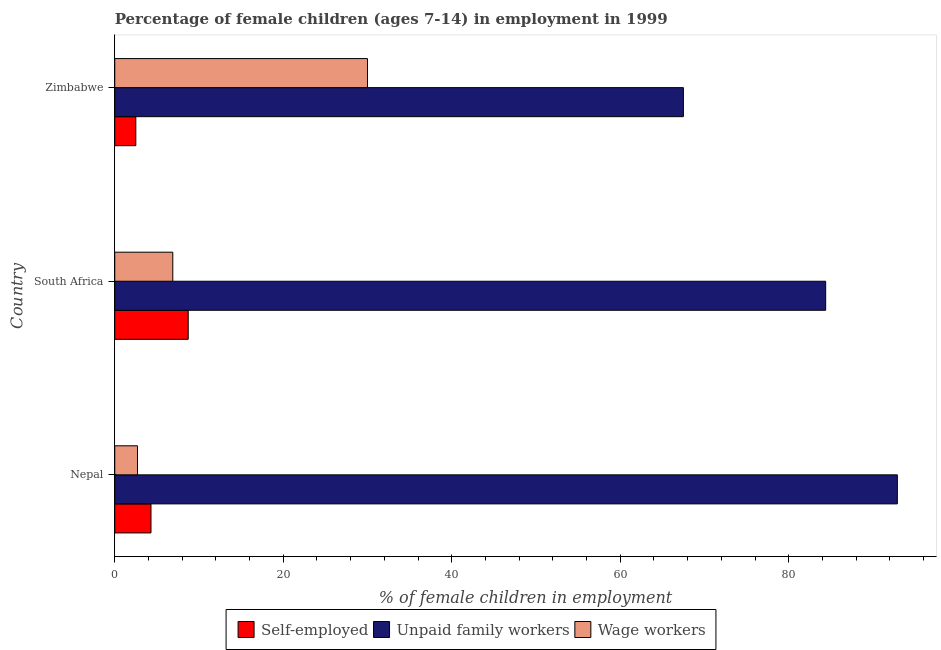
| Country | Self-employed | Unpaid family workers | Wage workers |
 | --- | --- | --- | --- |
 | Nepal | 4.3 | 92.9 | 2.7 |
 | South Africa | 8.72 | 84.4 | 6.89 |
 | Zimbabwe | 2.5 | 67.5 | 30 |